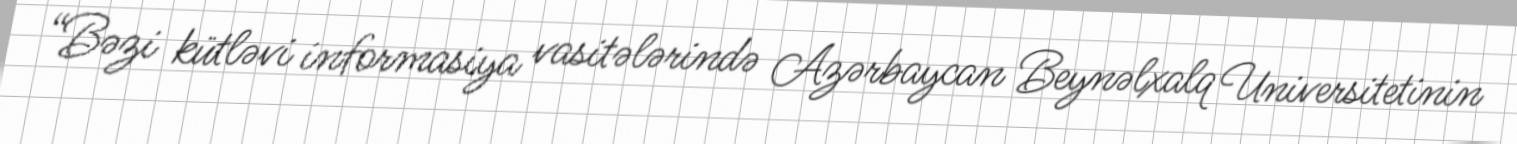
“Bəzi kütləvi informasiya vasitələrində Azərbaycan Beynəlxalq Universitetinin